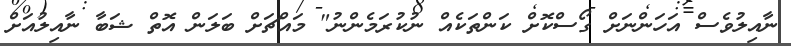
ނާއިލުވެސް އަހަންނަށް ގޯސްކޮށް ކަންތަކެއް ނުކުރަމެންނު" މައްޗަށް ބަލަން އޮތް ޝަބާ ނާއިލުއަށް